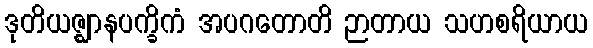
ဒုတိယဇ္ဈာနပက္ခိကံ အပဂတောတိ ဉာတာယ သဟစရိယာယ